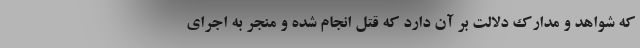
که شواهد و مدارک دلالت بر آن دارد که قتل انجام شده و منجر به اجرای